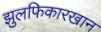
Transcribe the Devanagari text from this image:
झुलफिकारखान